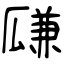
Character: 㼓